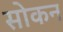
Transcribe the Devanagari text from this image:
सोकन